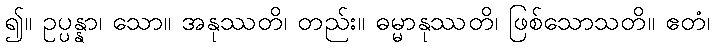
၍။ ဥပ္ပန္နာ၊ သော။ အနုဿတိ၊ တည်း။ ဓမ္မာနုဿတိ၊ ဖြစ်သောသတိ။ ဧတံ၊